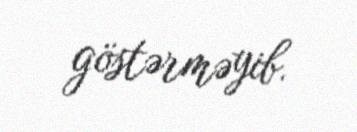
göstərməyib.